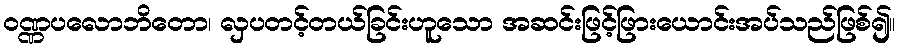
ဝဏ္ဏပလောဘိတော၊ လှပတင့်တယ်ခြင်းဟူသော အဆင်းဖြင့်ဖြားယောင်းအပ်သည်ဖြစ်၍။